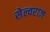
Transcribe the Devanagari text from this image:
सेल्वराज